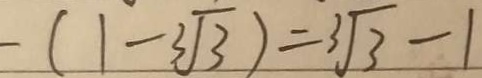
- ( 1 - \sqrt [ 3 ] { 3 } ) = \sqrt [ 3 ] { 3 } - 1